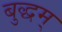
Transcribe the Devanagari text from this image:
बुद्धम्